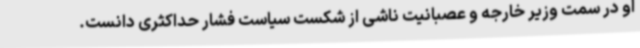
او در سمت وزیر خارجه و عصبانیت ناشی از شکست سیاست فشار حداکثری دانست.